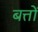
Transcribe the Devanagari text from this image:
बत्तों